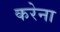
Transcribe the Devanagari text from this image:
करेना